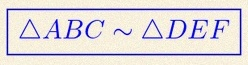
\triangle ABC\sim\triangle DEF